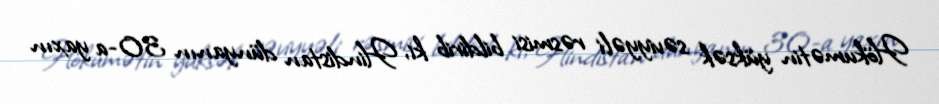
Hökumətin yüksək səviyyəli rəsmisi bildirib ki, Hindistan dünyanın 30-a yaxın